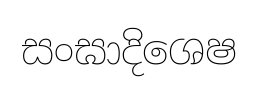
සංඝාදිශෙෂ